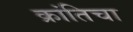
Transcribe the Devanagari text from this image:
क्रांतिचा